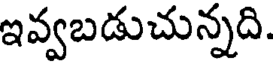
ఇవ్వబడుచున్నది.